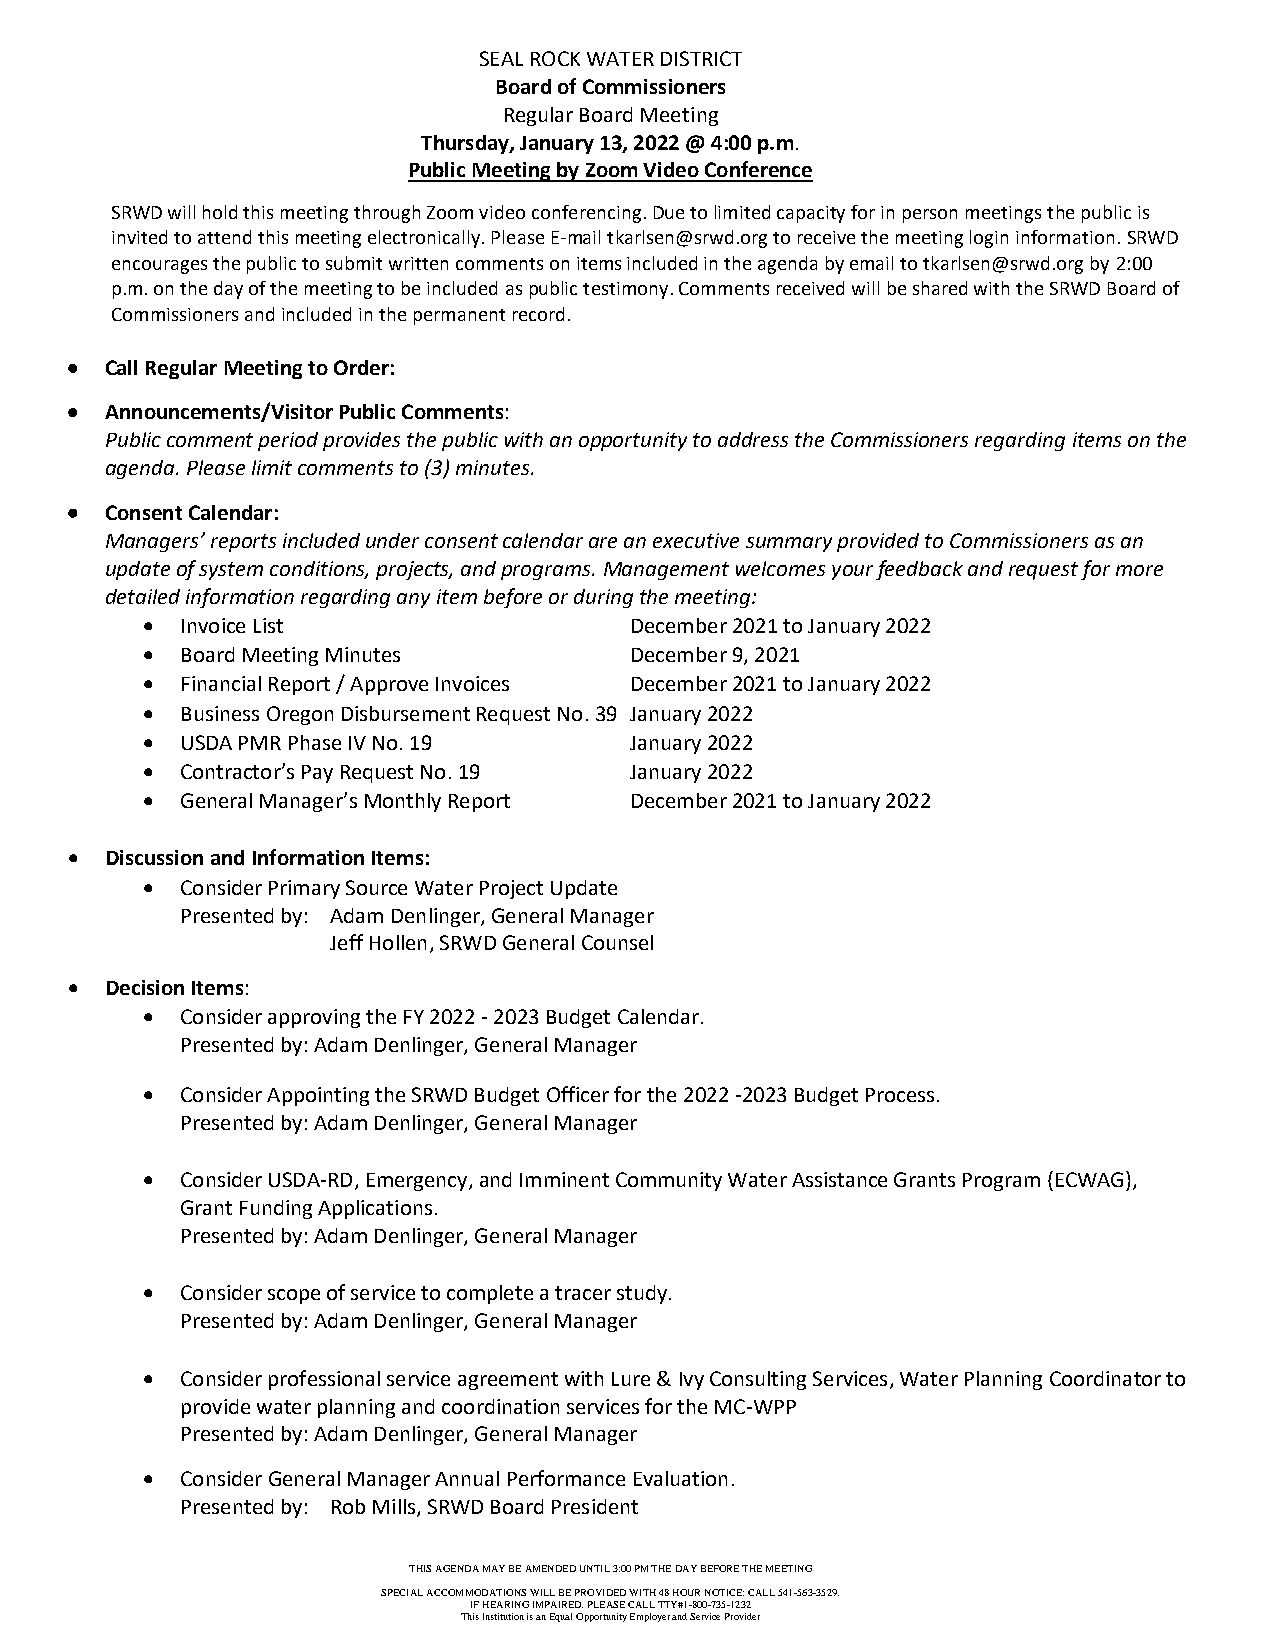
SEAL ROCK WATER DISTRICT
 Board of Commissioners
 Regular Board Meeting
 Thursday, January 13, 2022 @ 4:00 p.m.
 Public Meeting by Zoom Video Conference
 SRWD will hold this meeting through Zoom video conferencing. Due to limited capacity for in person meetings the public is
 invited to attend this meeting electronically. Please E-mail tkarlsen@srwd.org to receive the meeting login information. SRWD
 encourages the public to submit written comments on items included in the agenda by email to tkarlsen@srwd.org by 2:00
 p.m. on the day of the meeting to be included as public testimony. Comments received will be shared with the SRWD Board of
 Commissioners and included in the permanent record.
 •  Call Regular Meeting to Order:
 •  Announcements/Visitor Public Comments:
 Public comment period provides the public with an opportunity to address the Commissioners regarding items on the
 agenda. Please limit comments to (3) minutes.
 •  Consent Calendar:
 Managers’ reports included under consent calendar are an executive summary provided to Commissioners as an
 update of system conditions, projects, and programs. Management welcomes your feedback and request for more
 detailed information regarding any item before or during the meeting:
 •  Invoice List                  December 2021 to January 2022
 •  Board Meeting Minutes         December 9, 2021
 •  Financial Report / Approve Invoices December 2021 to January 2022
 •  Business Oregon Disbursement Request No. 39 January 2022
 •  USDA PMR Phase IV No. 19      January 2022
 •  Contractor’s Pay Request No. 19 January 2022
 •  General Manager’s Monthly Report December 2021 to January 2022
 •  Discussion and Information Items:
 •  Consider Primary Source Water Project Update
 Presented by: Adam Denlinger, General Manager
 Jeff Hollen, SRWD General Counsel
 •  Decision Items:
 •  Consider approving the FY 2022 - 2023 Budget Calendar.
 Presented by: Adam Denlinger, General Manager
 •  Consider Appointing the SRWD Budget Officer for the 2022 -2023 Budget Process.
 Presented by: Adam Denlinger, General Manager
 •  Consider USDA-RD, Emergency, and Imminent Community Water Assistance Grants Program (ECWAG),
 Grant Funding Applications.
 Presented by: Adam Denlinger, General Manager
 •  Consider scope of service to complete a tracer study.
 Presented by: Adam Denlinger, General Manager
 •  Consider professional service agreement with Lure & Ivy Consulting Services, Water Planning Coordinator to
 provide water planning and coordination services for the MC-WPP
 Presented by: Adam Denlinger, General Manager
 •  Consider General Manager Annual Performance Evaluation.
 Presented by: Rob Mills, SRWD Board President
 THIS AGENDA MAY BE AMENDED UNTIL 3:00 PM THE DAY BEFORE THE MEETING
 SPECIAL ACCOMMODATIONS WILL BE PROVIDED WITH 48 HOUR NOTICE; CALL 541-563-3529.
 IF HEARING IMPAIRED, PLEASE CALL TTY#1-800-735-1232
 This Institution is an Equal Opportunity Employer and Service Provider